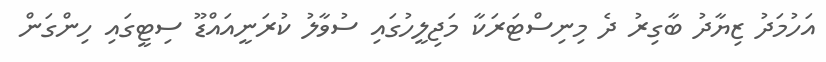
އަހުމަދު ޒިޔާދު ބާގިރު ދެ މިނިސްޓަރަކާ މަޖިލީހުގައި ސުވާލު ކުރަނީއައްޑޫ ސިޓީގައި ހިންގަން